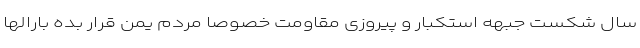
سال شکست جبهه استکبار و پیروزی مقاومت خصوصاً مردم یمن قرار بده بارالها